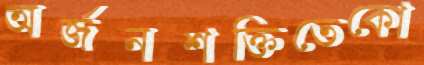
অর্জনশক্তিতেকো